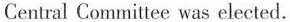
Central Committee was elected.